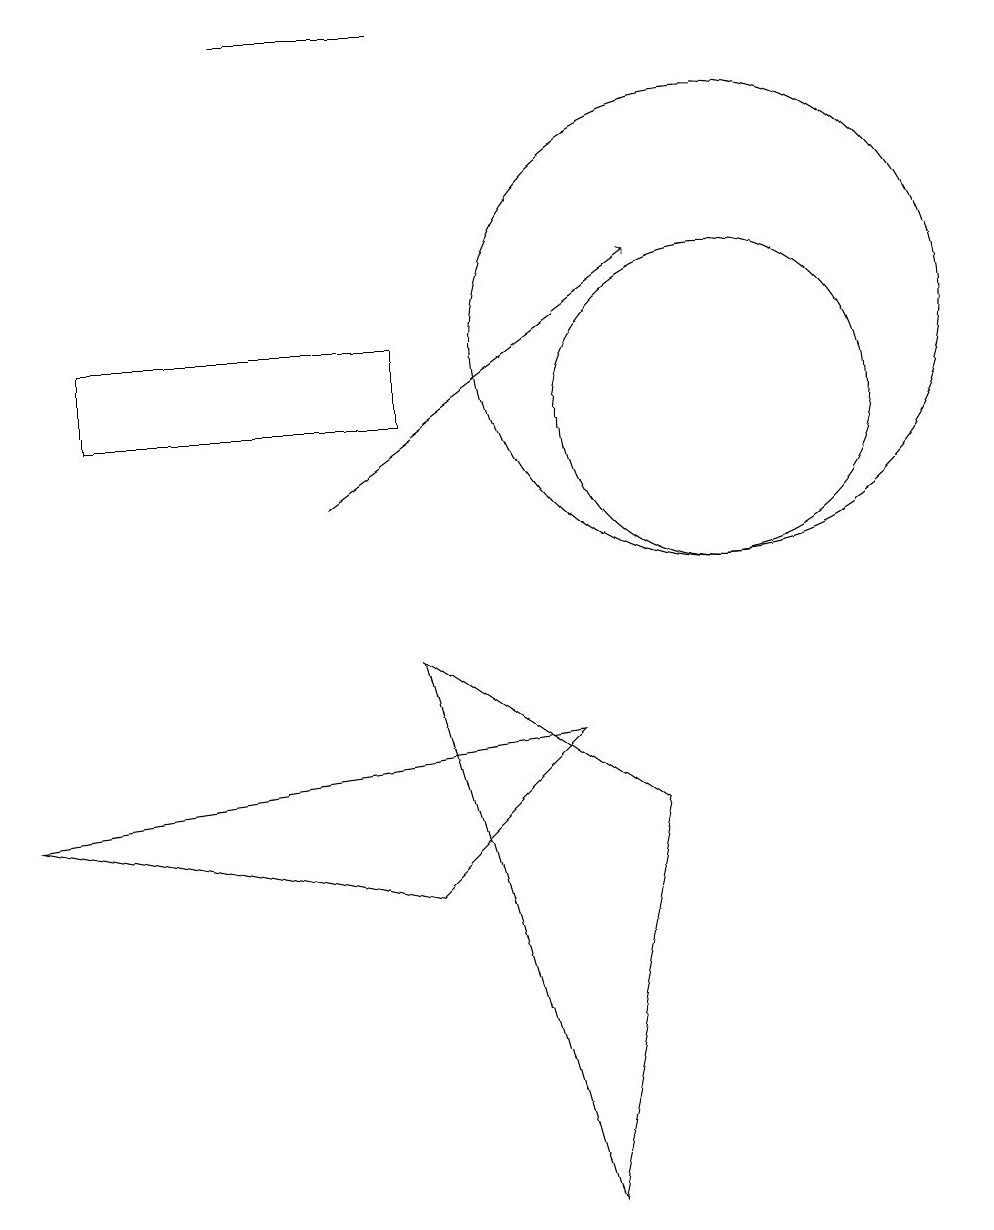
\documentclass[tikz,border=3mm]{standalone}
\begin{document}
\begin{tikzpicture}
\draw (10,12) circle (3);
\draw (6,12) rectangle (2,11);
\draw (10,11) circle (2);
\draw[->] (5,10) -- (9,13);
\draw (8,7) -- (1,6) -- (6,5) -- cycle;
\draw (8,1) -- (6,8) -- (9,6) -- cycle;
\draw (6,16) rectangle (4,16);
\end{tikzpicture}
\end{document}